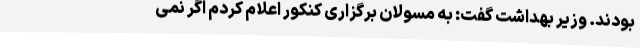
بودند. وزیر بهداشت گفت: به مسولان برگزاری کنکور اعلام کردم اگر نمی